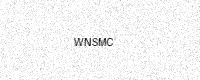
Text: WNSMC